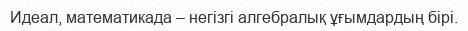
Идеал, математикада – негізгі алгебралық ұғымдардың бірі.